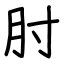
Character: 肘